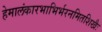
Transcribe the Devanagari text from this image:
हेमालंकारभाभिर्भरनमितशिखैः